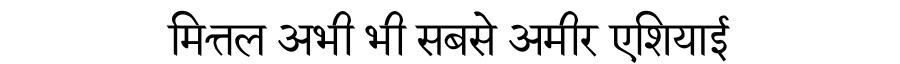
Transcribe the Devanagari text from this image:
मित्तल अभी भी सबसे अमीर एशियाई